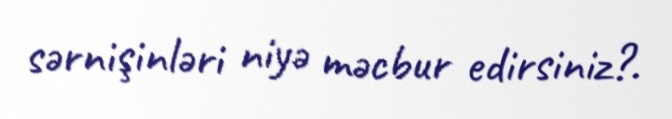
sərnişinləri niyə məcbur edirsiniz?.